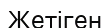
Жетіген